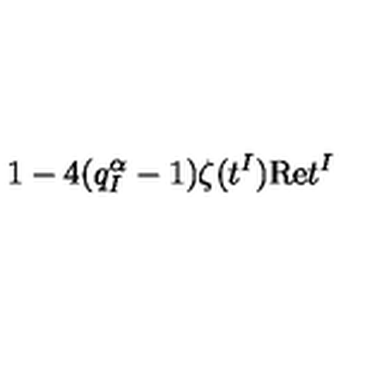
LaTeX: \, 1 - 4 ( q _ { I } ^ { \alpha } - 1 ) \zeta ( t ^ { I } ) \mathrm { R e } t ^ { I } \,